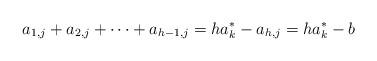
LaTeX: \begin{align*}a_{1,j} +a_{2,j} + \cdots + a_{h-1,j} = ha_k^* - a_{h,j} = ha_k^* - b\end{align*}